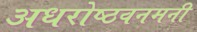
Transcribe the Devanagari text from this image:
अधरोष्ठवनमनी